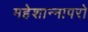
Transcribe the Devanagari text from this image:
महेशान्नापरो